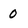
Character: 0